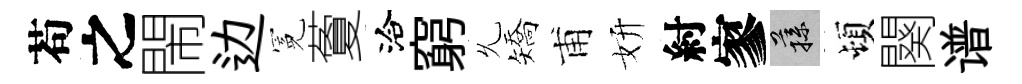
苟之閙边冕藑洽窮𠃔矯甫妍紂寥蓀頓闋谱